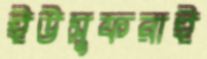
ইউসুফরাই